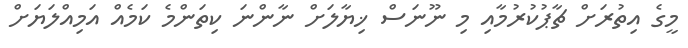
މީގެ އިތުރަށް ޗާޕުކުރުމާއި މި ނޫނަސް ޚިޔާލަށް ނާންނަ ކިތަންމެ ކަމެއް އަމިއްލަޔަށް